Vabadussoja_Ajaloo_Komitee, lk 6
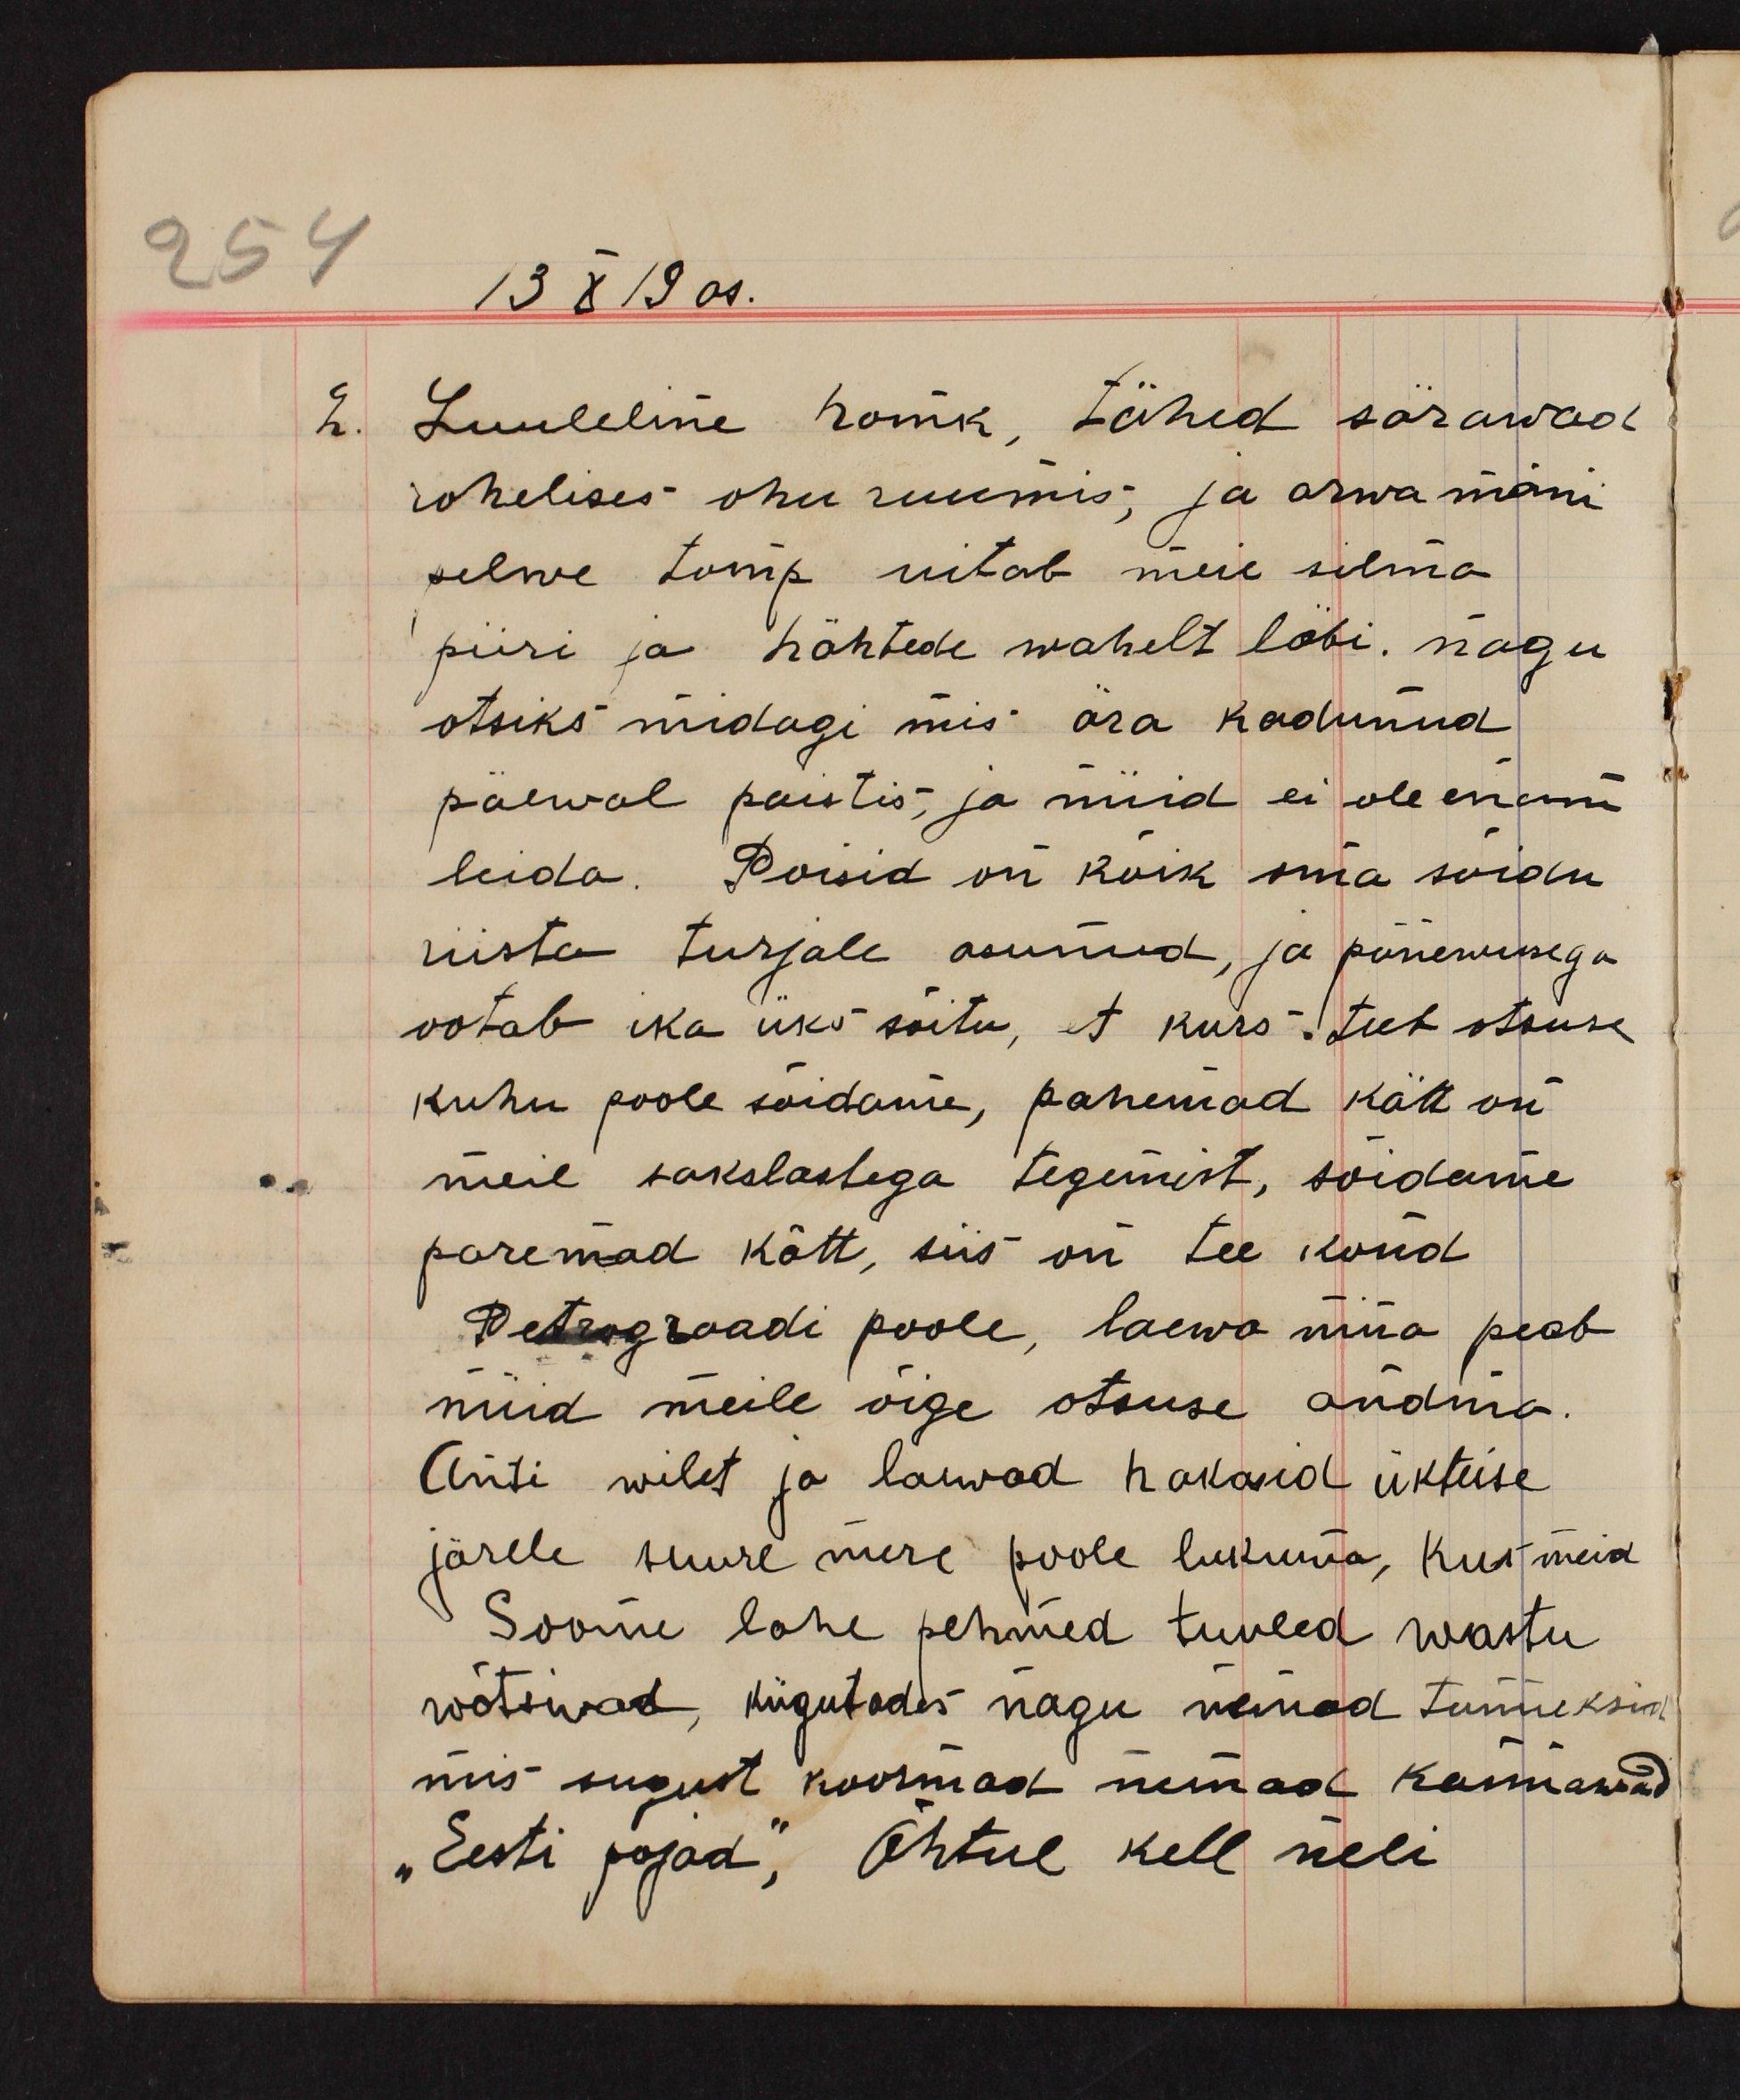
13 X 19 as.
2. Luuleline homk, tähed särawad
rohelises ohu ruumis; ja arwa mõni
pilwe tomp uitab meie silma
piiri ja tähtede wahelt läbi. nagu
otsiks midagi mis ära kadunud
päewal paistis, ja nüid ei ole enam
leida. Poisid on kõik oma sõidu
riista turjale asunud, ja põnewusega
ootab ika üks sõitu, et kurs teeb otsuse
kuhu poole sõidame, pahemad kätt on
meil sakslastega tegemist, sõidame
paremad kätt, siis on tee kond
Petrograadi poole, laewa nina peab
nüid meile õige otsuse andma
Anti wilet ja laewad hakasid ükteise
järele suure mere poole liikuma, kus meid
Soome lahe pehmed tuuled wastu
wõtsiwad, kiigutades nagu nemad tunneksid
mis sugust koormad nemad kannawad
"Eesti pojad", Õhtul kell neli